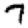
Digit: 7